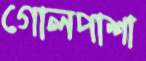
গোলপাশা